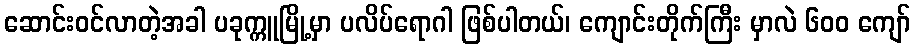
ဆောင်းဝင်လာတဲ့အခါ ပခုက္ကူမြို့မှာ ပလိပ်ရောဂါ ဖြစ်ပါတယ်၊ ကျောင်းတိုက်ကြီး မှာလဲ ၆၀၀ ကျော်